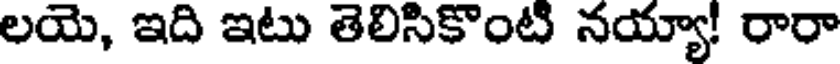
లయె, ఇది ఇటు తెలిసికొంటి నయ్యా! రారా